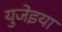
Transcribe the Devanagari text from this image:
युजेइया